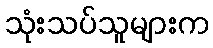
သုံးသပ်သူများက